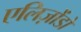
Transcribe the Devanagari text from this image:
एलिज़ोंडो